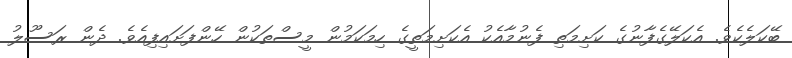
ބޭކަލެކެވެ. އެކަލޭގެފާނުގެ ކަށިމަތި ފެނުމާއެކު އެކަށިމަތީގެ ހިމަކަމުން މީސްތަކުން ހޭންފަށައިފިއެވެ. ދެން ރަސޫލު